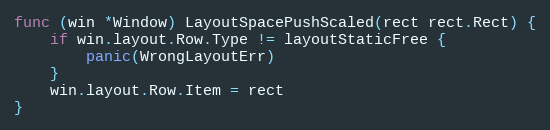
Language: Go
func (win *Window) LayoutSpacePushScaled(rect rect.Rect) {
	if win.layout.Row.Type != layoutStaticFree {
		panic(WrongLayoutErr)
	}
	win.layout.Row.Item = rect
}